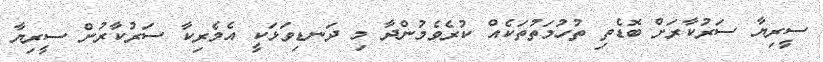
ސީރިޔާ ސަރުކާރަށް ބޮޑެތި ތުހުމަތުތަކެއް ކުރެވެމުންދާ މި ދަނޑިވަޅަކީ އެމެރިކާ ސަރުކާރުން ސީރިޔާ